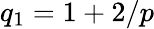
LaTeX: q_{1}=1+2/p